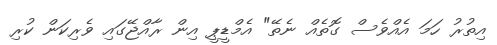
އިތުރު ހަމަ އެއްވެސް ގޮތެއް ނެތޭ" އެމްޑީޕީ އިން ރާއްޖޭގައި ވެރިކަން ކުރި